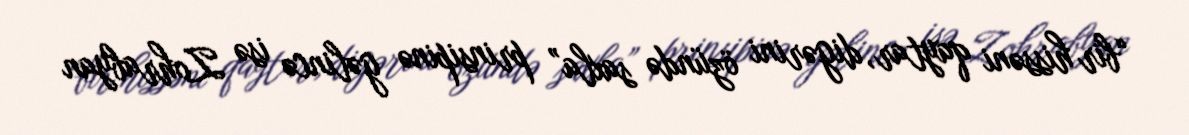
“bir hissəni qaytar, digərini özündə saxla” prinsipinə gəlincə isə Zohrabyan